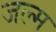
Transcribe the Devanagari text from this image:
जल्म